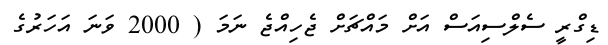
ޑިގްރީ ސެލްސިއަސް އަށް މައްޗަށް ޖެހިއްޖެ ނަމަ ( 2000 ވަނަ އަހަރުގެ